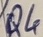
Text: Q4